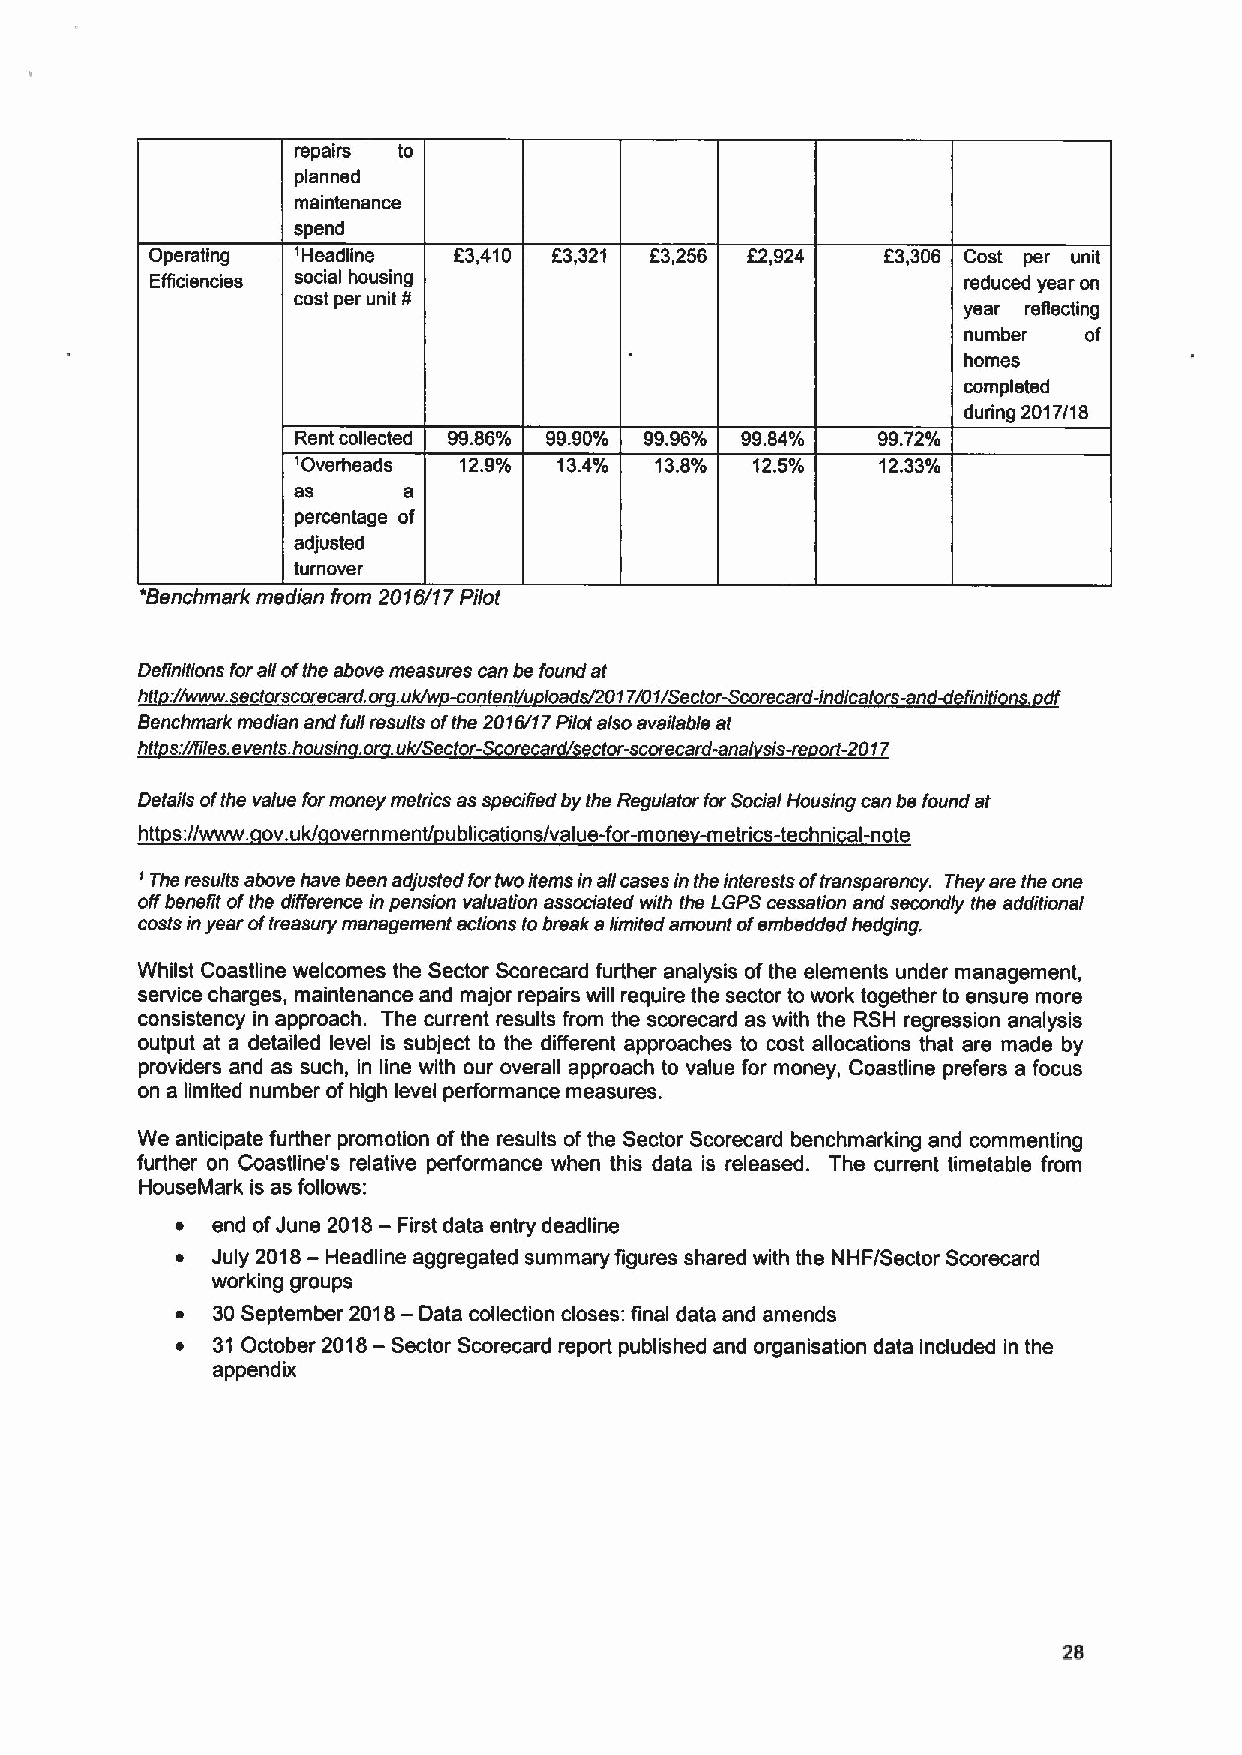
repairs to
 planned
 maintenance
 spend
 Operating 'Headline E3,410 E3,321 E3,256 E2,924  E3,306 Cost per unit
 Efficiencies social housing                           reduced year on
 cost per unit
 ¹                                    year refiecting
 number  of
 homes
 completed
 during 2017/18
 Rent collected 99.86% 99.90% 99.96% 99.84% 99.72%
 'Overheads 12.9% 134%  13.8%  12.5%   12.33%
 as      a
 percentage of
 adjusted
 turnover
 'Benchmark median horn 2016/f 7Pilot
 Definitions forall ofthe above measures can be found at
 .
 htt I/www seclorscorecard or uk/w -content/u loads/2017/01/Sector-Scorecard-indlcators-and-deffnltions d/
 Benchmark median and full results ofthe 2016/17Pilot also available at
 htt s://tiles. events. housin .or uk/Sector-Scorecard/sector-scorecard-anal sis-re ort-2017
 Details ofthe value for money metrics as speclffed by the Regulator for Social Housing can be found at
 htt s//www ov uk/ overnment/ ublications/value-for-mone -metrics-technical-note
 ' The results above have been adjusted fortwo itemsin all cases in the interests oftransparency. They are the one
 offbenefit ofthe difference in pension valuation associated with the LGPS cessation and secondly the additional
 costsin year oftreasury management actions to break a limited amount ofembedded hedging.
 Whilst Coastline welcomes the Sector Scorecard further analysis ofthe elements under management,
 service charges, maintenance and major repairs will require the sector to work together to ensure more
 consistency in approach. The current results from the scorecard as with the RSH regression analysis
 output at a detailed level is subject to the different approaches to cost allocations that are made by
 providers and as such, in line with our overall approach to value for money, Coastline prefers a focus
 on a limited number ofhigh level performance measures.
 We anticipate further promotion ofthe results ofthe Sector Scorecard benchmarking and commenting
 further on Coastline's relative performance when this data is released. The current timetable from
 HouseMark is as follows:
 ~ end ofJune
 2018—
 First data entry deadline
 ~ July
 2018—
 Headline aggregated summary figures shared with the NHF/Sector Scorecard
 working groups
 ~ 30September 2018— Data collection closes: final data and amends
 ~ 31 October 2018—Sector Scorecard report published and organisation data included in the
 appendix
 28